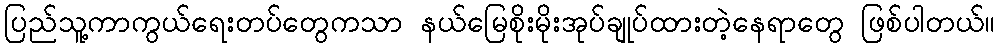
ပြည်သူ့ကာကွယ်ရေးတပ်တွေကသာ နယ်မြေစိုးမိုးအုပ်ချုပ်ထားတဲ့နေရာတွေ ဖြစ်ပါတယ်။